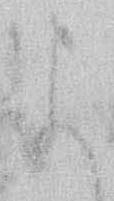
よ